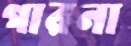
গারনা